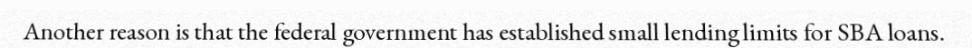
Another reason is that the federal government has established small lending limits for SBA loans.